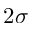
2 \sigma